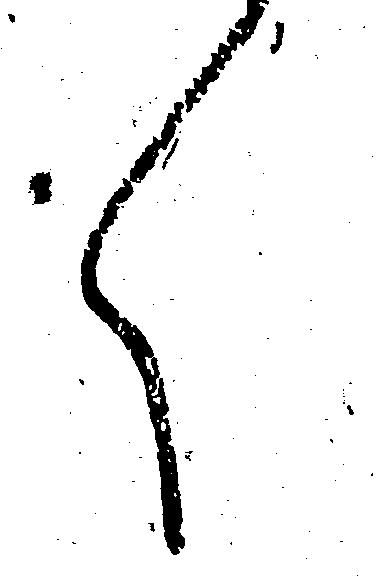
く